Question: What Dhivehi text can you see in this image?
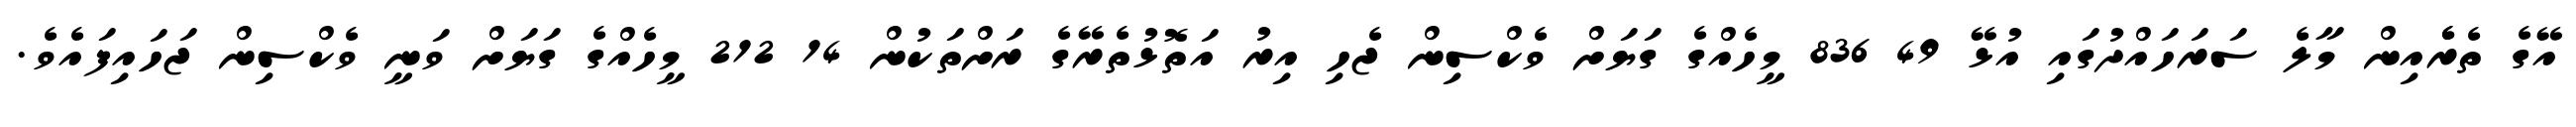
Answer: އޭގެ ތެރެެއިން މާލެ ސަރަހައްދުގައި އުޅޭ 49 836 މީހެއްގެ ގަޔަށް ވެކްސިން ޖެހި އިރު އަތޮޅުތެރޭގެ ރަށްތަކުން 14 212 މީހެއްގެ ގަޔަށް ވަނީ ވެކްސިން ޖަހައިފައެވެ.